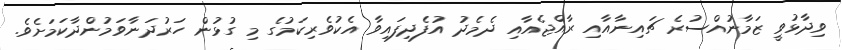
ވިދާޅުވީ ޒަމާނުއްސުރެ ޗައިނާއާއި ރާއްޖެއާއި ދެމެދު އުފެދިފައިވާ އެކުވެރިކަމުގެ މި ގުޅުން ހަރުދަނާވަމުންދާކަމަށެވެ.